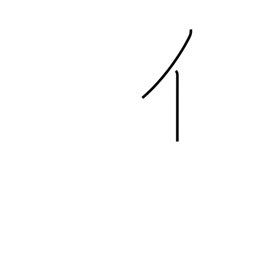
Meaning: radical number 9